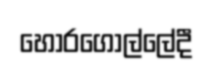
හොරගොල්ලේදී